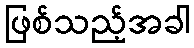
ဖြစ်သည့်အခါ